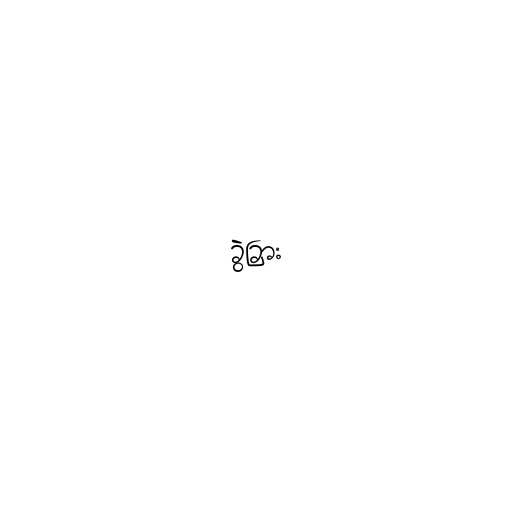
ခွဲခြား